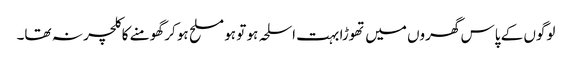
لوگوں کے پاس گھروں میں تھوڑا بہت اسلحہ ہو تو ہو مسلح ہو کر گھومنے کا کلچر نہ تھا۔